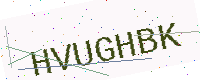
Text: HVUGHBK